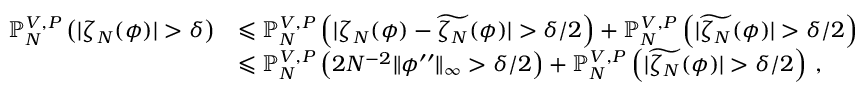
\begin{array} { r l } { \mathbb { P } _ { N } ^ { V , P } \left( | \zeta _ { N } ( \phi ) | > \delta \right) } & { \leqslant \mathbb { P } _ { N } ^ { V , P } \left( | \zeta _ { N } ( \phi ) - \widetilde { \zeta _ { N } } ( \phi ) | > \delta / 2 \right) + \mathbb { P } _ { N } ^ { V , P } \left( | \widetilde { \zeta _ { N } } ( \phi ) | > \delta / 2 \right) } \\ & { \leqslant \mathbb { P } _ { N } ^ { V , P } \left( 2 N ^ { - 2 } \| \phi ^ { \prime \prime } \| _ { \infty } > \delta / 2 \right) + \mathbb { P } _ { N } ^ { V , P } \left( | \widetilde { \zeta _ { N } } ( \phi ) | > \delta / 2 \right) \, , } \end{array}